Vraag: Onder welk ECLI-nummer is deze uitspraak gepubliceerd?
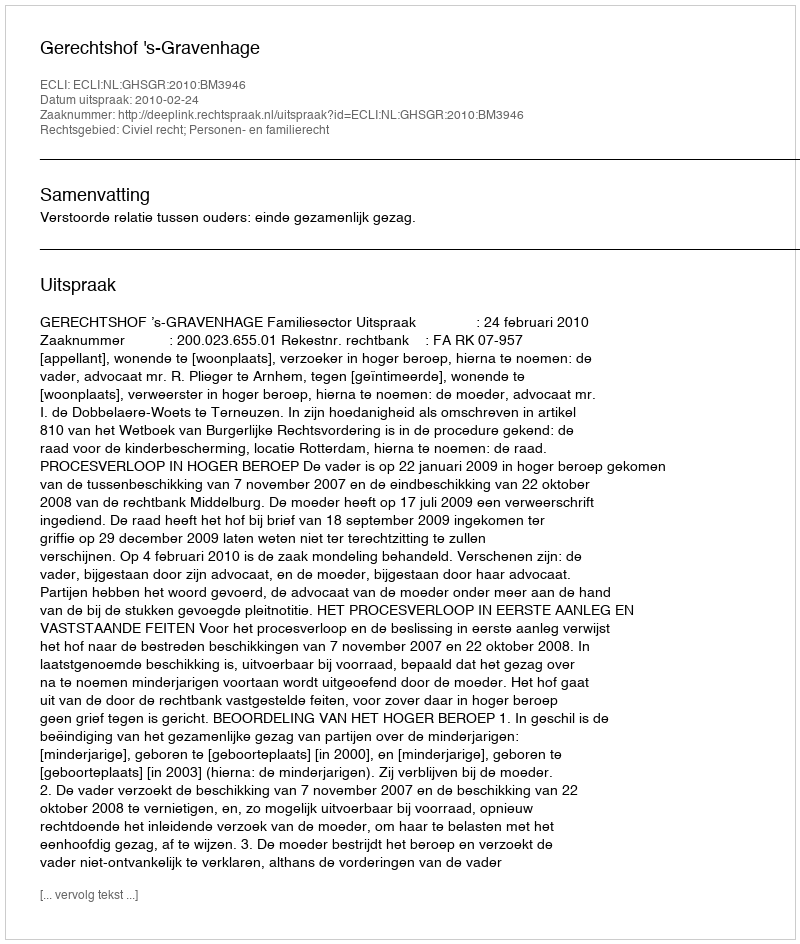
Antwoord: ECLI:NL:GHSGR:2010:BM3946